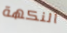
النكهة